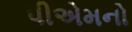
પીએમનો